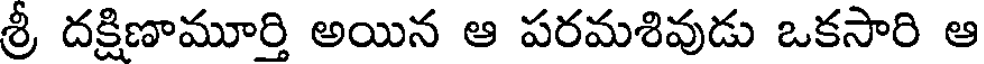
శ్రీ దక్షిణామూర్తి అయిన ఆ పరమశివుడు ఒకసారి ఆ